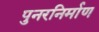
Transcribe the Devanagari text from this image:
पुनरनिर्माण